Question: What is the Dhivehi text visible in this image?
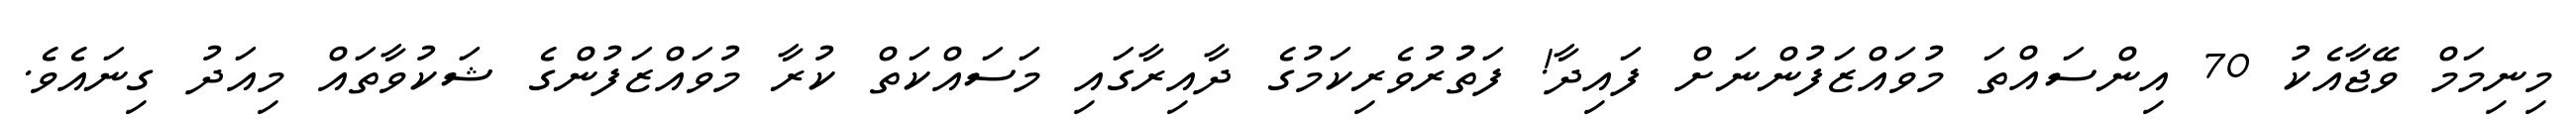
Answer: މިނިމަމް ވޭޖާއެކު 70 އިންސައްތަ މުވައްޒަފުންނަށް ފައިދާ! ފަތުުރުވެރިކަމުގެ ދާއިރާގައި މަސައްކަތް ކުރާ މުވައްޒަފުންގެ ޝަކުވާތައް މިއަދު ގިނައެވެ.